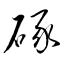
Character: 硺